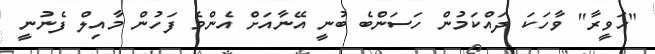
"ހަވީރާ" ވާހަކަ ދައްކަމުން ހަސަންބެ ބުނީ އޭނާއަށް އެންމެ ފަހުން މާއިލް ފެނުނީ